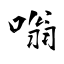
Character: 嗡